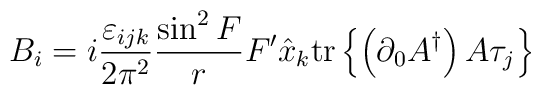
B_{i}=i\frac{\varepsilon_{ijk}}{2\pi^{2}}\frac{\sin^{2}F}{r}F^{\prime}\hat{x}_{k}\mathrm{tr}\left\{  \left(  \partial_{0}A^{\dag}\right)  A\tau_{j}\right\}